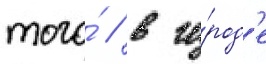
того́ / в го́род'е